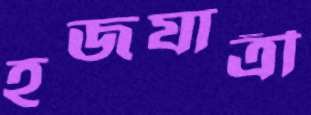
হজযাত্রী